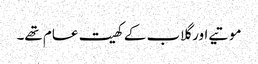
موتیے اور گلاب کے کھیت عام تھے۔